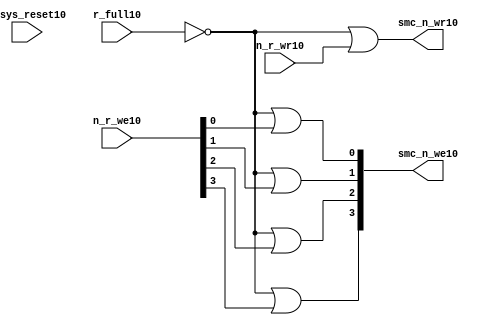
//File10 name   : smc_wr_enable_lite10.v
//Title10       : 
//Created10     : 1999
//Description10 : 
//Notes10       : 
//----------------------------------------------------------------------
//   Copyright10 1999-2010 Cadence10 Design10 Systems10, Inc10.
//   All Rights10 Reserved10 Worldwide10
//
//   Licensed10 under the Apache10 License10, Version10 2.0 (the
//   "License10"); you may not use this file except10 in
//   compliance10 with the License10.  You may obtain10 a copy of
//   the License10 at
//
//       http10://www10.apache10.org10/licenses10/LICENSE10-2.0
//
//   Unless10 required10 by applicable10 law10 or agreed10 to in
//   writing, software10 distributed10 under the License10 is
//   distributed10 on an "AS10 IS10" BASIS10, WITHOUT10 WARRANTIES10 OR10
//   CONDITIONS10 OF10 ANY10 KIND10, either10 express10 or implied10.  See
//   the License10 for the specific10 language10 governing10
//   permissions10 and limitations10 under the License10.
//----------------------------------------------------------------------


  module smc_wr_enable_lite10 (

                      //inputs10                      

                      n_sys_reset10,
                      r_full10,
                      n_r_we10,
                      n_r_wr10,

                      //outputs10

                      smc_n_we10,
                      smc_n_wr10);

//I10/O10
   
   input             n_sys_reset10;   //system reset
   input             r_full10;    // Full cycle write strobe10
   input [3:0]       n_r_we10;    //write enable from smc_strobe10
   input             n_r_wr10;    //write strobe10 from smc_strobe10
   output [3:0]      smc_n_we10;  // write enable (active low10)
   output            smc_n_wr10;  // write strobe10 (active low10)
   
   
//output reg declaration10.
   
   reg [3:0]          smc_n_we10;
   reg                smc_n_wr10;

//----------------------------------------------------------------------
// negedge strobes10 with clock10.
//----------------------------------------------------------------------
      

//----------------------------------------------------------------------
      
//--------------------------------------------------------------------
// Gate10 Write strobes10 with clock10.
//--------------------------------------------------------------------

  always @(r_full10 or n_r_we10)
  
  begin
  
     smc_n_we10[0] = ((~r_full10  ) | n_r_we10[0] );

     smc_n_we10[1] = ((~r_full10  ) | n_r_we10[1] );

     smc_n_we10[2] = ((~r_full10  ) | n_r_we10[2] );

     smc_n_we10[3] = ((~r_full10  ) | n_r_we10[3] );

  
  end

//--------------------------------------------------------------------   
//write strobe10 generation10
//--------------------------------------------------------------------   

  always @(n_r_wr10 or r_full10 )
  
     begin
  
        smc_n_wr10 = ((~r_full10 ) | n_r_wr10 );
       
     end

endmodule // smc_wr_enable10